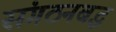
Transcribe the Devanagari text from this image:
संगठनबद्ध